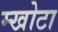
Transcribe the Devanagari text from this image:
म्खोटा